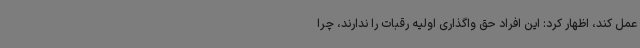
عمل کند، اظهار کرد: این افراد حق واگذاری اولیه رقبات را ندارند، چرا